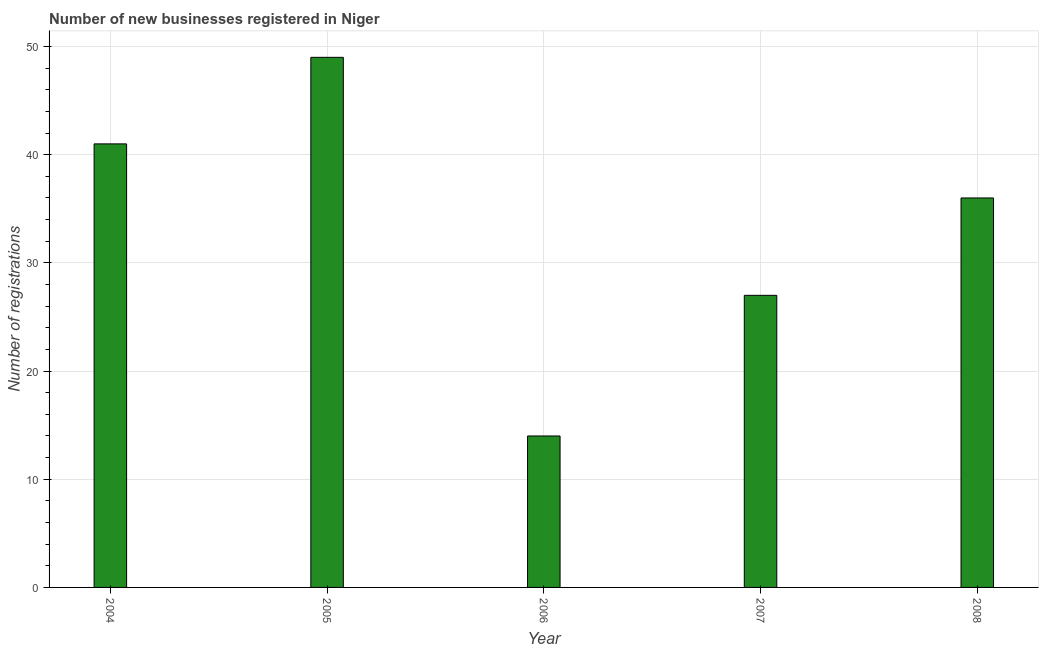
| Year | New businesses |
 | --- | --- |
 | 2004 | 41 |
 | 2005 | 49 |
 | 2006 | 14 |
 | 2007 | 27 |
 | 2008 | 36 |